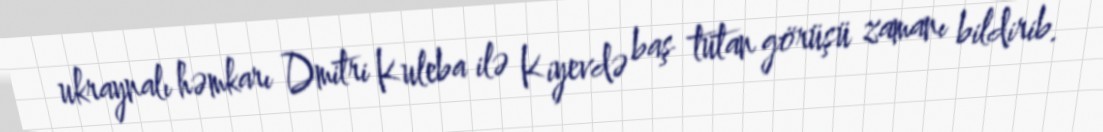
ukraynalı həmkarı Dmitri Kuleba ilə Kiyevdə baş tutan görüşü zamanı bildirib.